Indian journal of veterinary science and animal husbandry - Volume 12,
Year: 1942
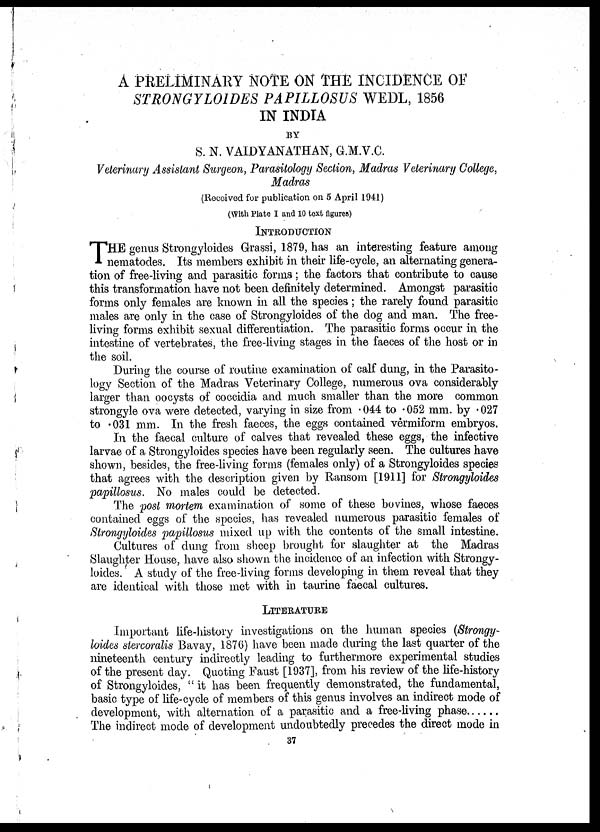
A PRELIMINARY NOTE ON THE INCIDENCE OF
STRONGYLOIDES PAPILLOSUS WEDL, 1856
IN INDIA
BY
S. N. VAIDYANATHAN, G.M.V.C.
Veterinary Assistant Surgeon, Parasitology Section, Madras Veterinary College,
Madras
(Received for publication on 5 April 1941)
(With Plate I and 10 text figures)
INTRODUCTION
T HE genus Strongyloides Grassi, 1879, has an interesting feature among
nematodes. Its members exhibit in their life-cycle, an alternating genera-
tion of free-living and parasitic forms; the factors that contribute to cause
this transformation have not been definitely determined. Amongst parasitic
forms only females are known in all the species; the rarely found parasitic
males are only in the case of Strongyloides of the dog and man. The free-
living forms exhibit sexual differentiation. The parasitic forms occur in the
intestine of vertebrates, the free-living stages in the faeces of the host or in
the soil.
During the course of routine examination of calf dung, in the Parasito-
logy Section of the Madras Veterinary College, numerous ova considerably
larger than oocysts of coccidia and much smaller than the more common
strongyle ova were detected, varying in size from .044 to .052 mm. by .027
to .031 mm. In the fresh faeces, the eggs contained vermiform embryos.
In the faecal culture of calves that revealed these eggs, the infective
larvae of a Strongyloides species have been regularly seen. The cultures have
shown, besides, the free-living forms (females only) of a Strongyloides species
that agrees with the description given by Ransom [1911] for Strongyloides
papillosus. No males could be detected.
The post mortem examination of some of these bovines, whose faeces
contained eggs of the species, has revealed numerous parasitic females of
Strongyloides papillosus mixed up with the contents of the small intestine.
Cultures of dung from sheep brought for slaughter at the Madras
Slaughter House, have also shown the incidence of an infection with Strongy-
loides. A study of the free-living forms developing in them reveal that they
are identical with those met with in taurine faecal cultures.
LITERATURE
Important life-history investigations on the human species (Strongy-
loides stercoralis Bavay, 1876) have been made during the last quarter of the
nineteenth century indirectly leading to furthermore experimental studies
of the present day. Quoting Faust [1937], from his review of the life-history
of Strongyloides, " it has been frequently demonstrated, the fundamental,
basic type of life-cycle of members of this genus involves an indirect mode of
development, with alternation of a parasitic and a free-living phase
The indirect mode of development undoubtedly precedes the direct mode in
37